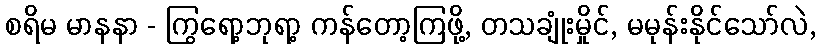
စရိမ မာနနာ - ကြွရော့ဘုရာ့ ကန်တော့ကြဖို့, တသချုံးမှိုင်, မမုန်းနိုင်သော်လဲ,